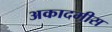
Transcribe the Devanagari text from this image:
अकादमीस